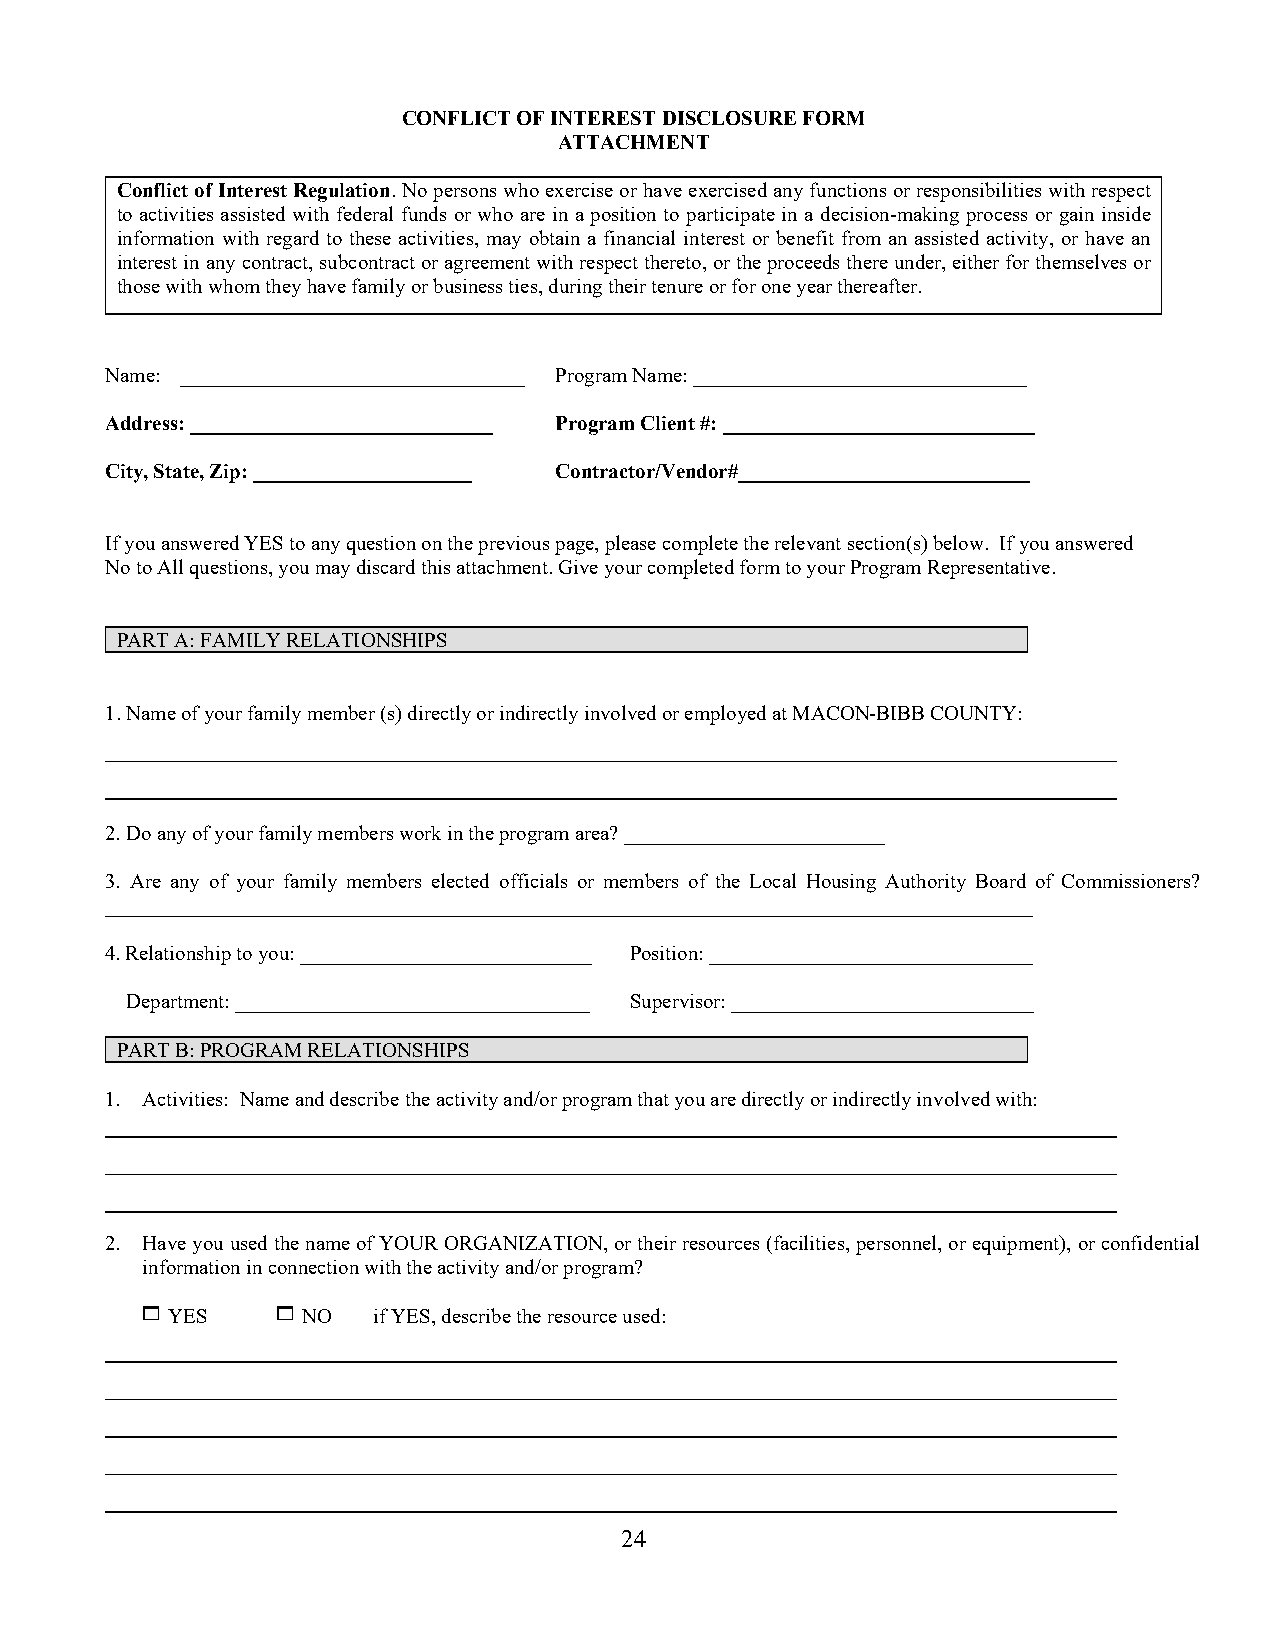
CONFLICT OF INTEREST DISCLOSURE FORM
 ATTACHMENT
 Conflict of Interest Regulation. No persons who exercise or have exercised any functions or responsibilities with respect
 to activities assisted with federal funds or who are in a position to participate in a decision-making process or gain inside
 information with regard to these activities, may obtain a financial interest or benefit from an assisted activity, or have an
 interest in any contract, subcontract or agreement with respect thereto, or the proceeds there under, either for themselves or
 those with whom they have family or business ties, during their tenure or for one year thereafter.
 Name: _________________________________ Program Name: ________________________________
 Address: _____________________________ Program Client #: ______________________________
 City, State, Zip: _____________________ Contractor/Vendor#____________________________
 If you answered YES to any question on the previous page, please complete the relevant section(s) below. If you answered
 No to All questions, you may discard this attachment. Give your completed form to your Program Representative.
 PART A: FAMILY RELATIONSHIPS
 1. Name of your family member (s) directly or indirectly involved or employed at MACON-BIBB COUNTY:
 2. Do any of your family members work in the program area? _________________________
 3. Are any of your family members elected officials or members of the Local Housing Authority Board of Commissioners?
 _________________________________________________________________________________________
 4. Relationship to you: ____________________________ Position: _______________________________
 Department: __________________________________ Supervisor: _____________________________
 PART B: PROGRAM RELATIONSHIPS
 1. Activities: Name and describe the activity and/or program that you are directly or indirectly involved with:
 2. Have you used the name of YOUR ORGANIZATION, or their resources (facilities, personnel, or equipment), or confidential
 information in connection with the activity and/or program?
  YES     NO   if YES, describe the resource used:
 24